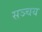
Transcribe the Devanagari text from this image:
सञ्चय